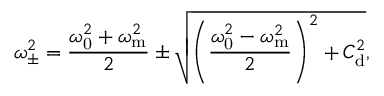
\omega _ { \pm } ^ { 2 } = \frac { \omega _ { \mathrm { 0 } } ^ { 2 } + \omega _ { \mathrm { m } } ^ { 2 } } { 2 } \pm \sqrt { \left( \frac { \omega _ { \mathrm { 0 } } ^ { 2 } - \omega _ { \mathrm { m } } ^ { 2 } } { 2 } \right) ^ { 2 } + C _ { \mathrm { d } } ^ { 2 } } ,